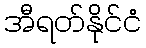
အီရတ်နိုင်ငံ